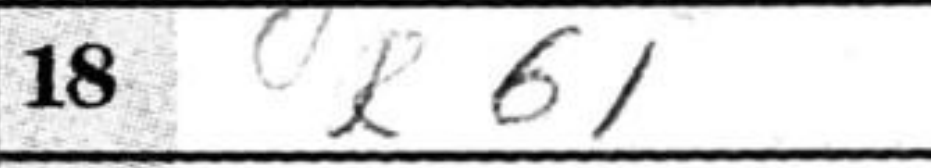
Transcription: Rb1